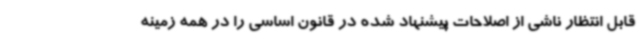
قابل انتظار ناشی از اصلاحات پیشنهاد شده در قانون اساسی را در همه زمینه